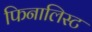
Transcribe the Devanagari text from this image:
फिनालिस्ट